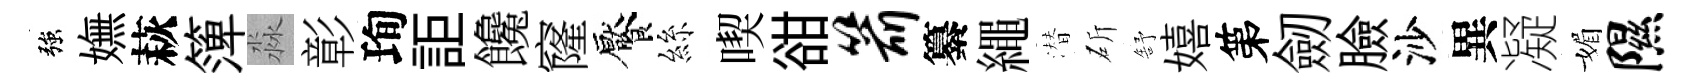
強嫵萩𥱼淼彰珣詎饞窿饜絲喫𧮳箭纂繩潜斫舒嬉第劒臉沙異凝媚隰